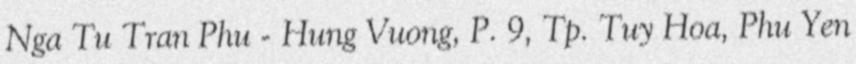
Nga Tu Tran Phu - Hung Vuong, P. 9, Tp. Tuy Hoa, Phu Yen